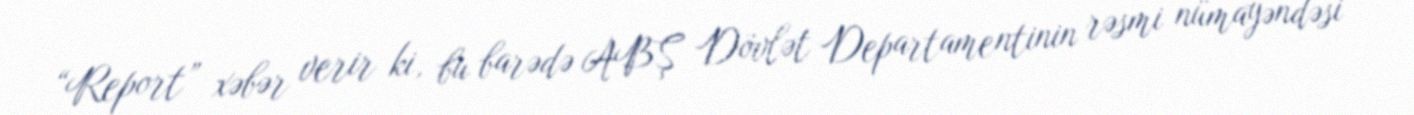
“Report” xəbər verir ki, bu barədə ABŞ Dövlət Departamentinin rəsmi nümayəndəsi